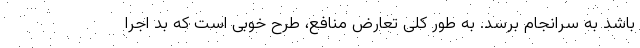
باشد به سرانجام برسد. به طور کلی تعارض منافع، طرح خوبی است که بد اجرا